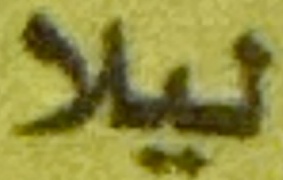
ليلا